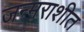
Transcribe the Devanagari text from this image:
जन्मराशीत